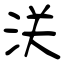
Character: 浂